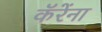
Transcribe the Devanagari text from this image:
कॅरेंना